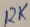
Text: 12K